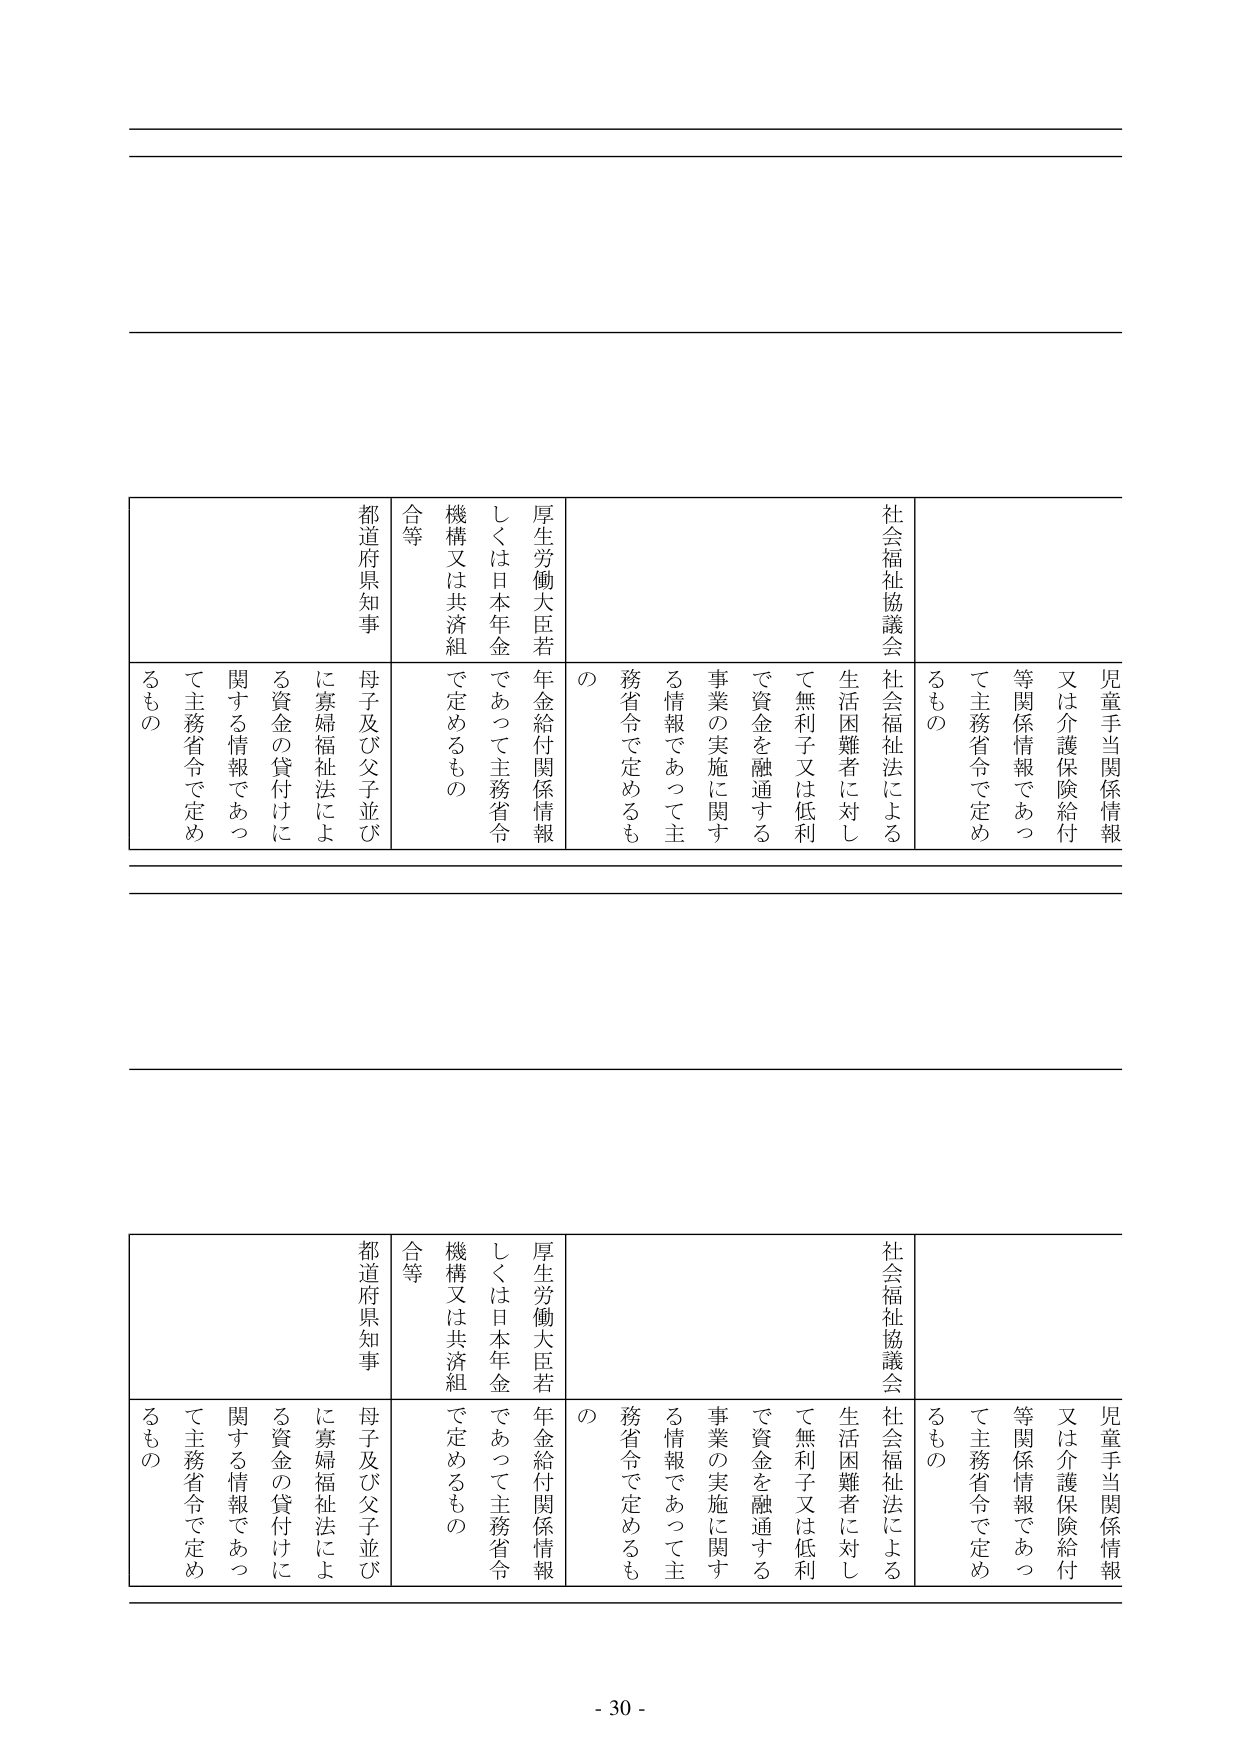
児童手当関係情報
又は介護保険給付
等関係情報であつ
て主務省令で定め
るもの

社会福祉協議会
社会福祉法による
生活困難者に対し
て無利子又は低利
で資金を融通する
事業の実施に関する
情報であつて主務省令で定めるもの

厚生労働大臣若しくは日本年金機構又は共済組合等
年金給付関係情報であつて主務省令で定めるもの

都道府県知事
母子及び父子並びに寡婦福祉法による資金の貸付けに関する情報であつて主務省令で定めるもの

児童手当関係情報
又は介護保険給付
等関係情報であつ
て主務省令で定め
るもの

社会福祉協議会
社会福祉法による
生活困難者に対し
て無利子又は低利
で資金を融通する
事業の実施に関する
情報であつて主務省令で定めるもの

厚生労働大臣若しくは日本年金機構又は共済組合等
年金給付関係情報であつて主務省令で定めるもの

都道府県知事
母子及び父子並びに寡婦福祉法による資金の貸付けに関する情報であつて主務省令で定めるもの

- 30 -